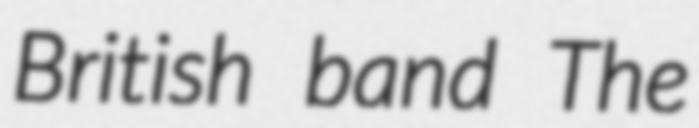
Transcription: British band The